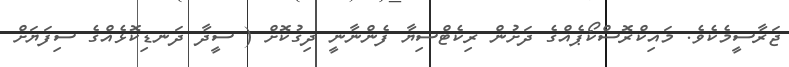
ޖަރާސީމެކެވެ. މައިކްރޮސްކޯޕެއްގެ ދަށުން ރިކެޓްސިޔާ ފެންނާނީ ދިގުކޮށް ( ސީދާ ދަނޑިކޮޅެއްގެ ސިފަަޔަށް